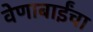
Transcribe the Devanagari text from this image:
वेणाबाईंचा